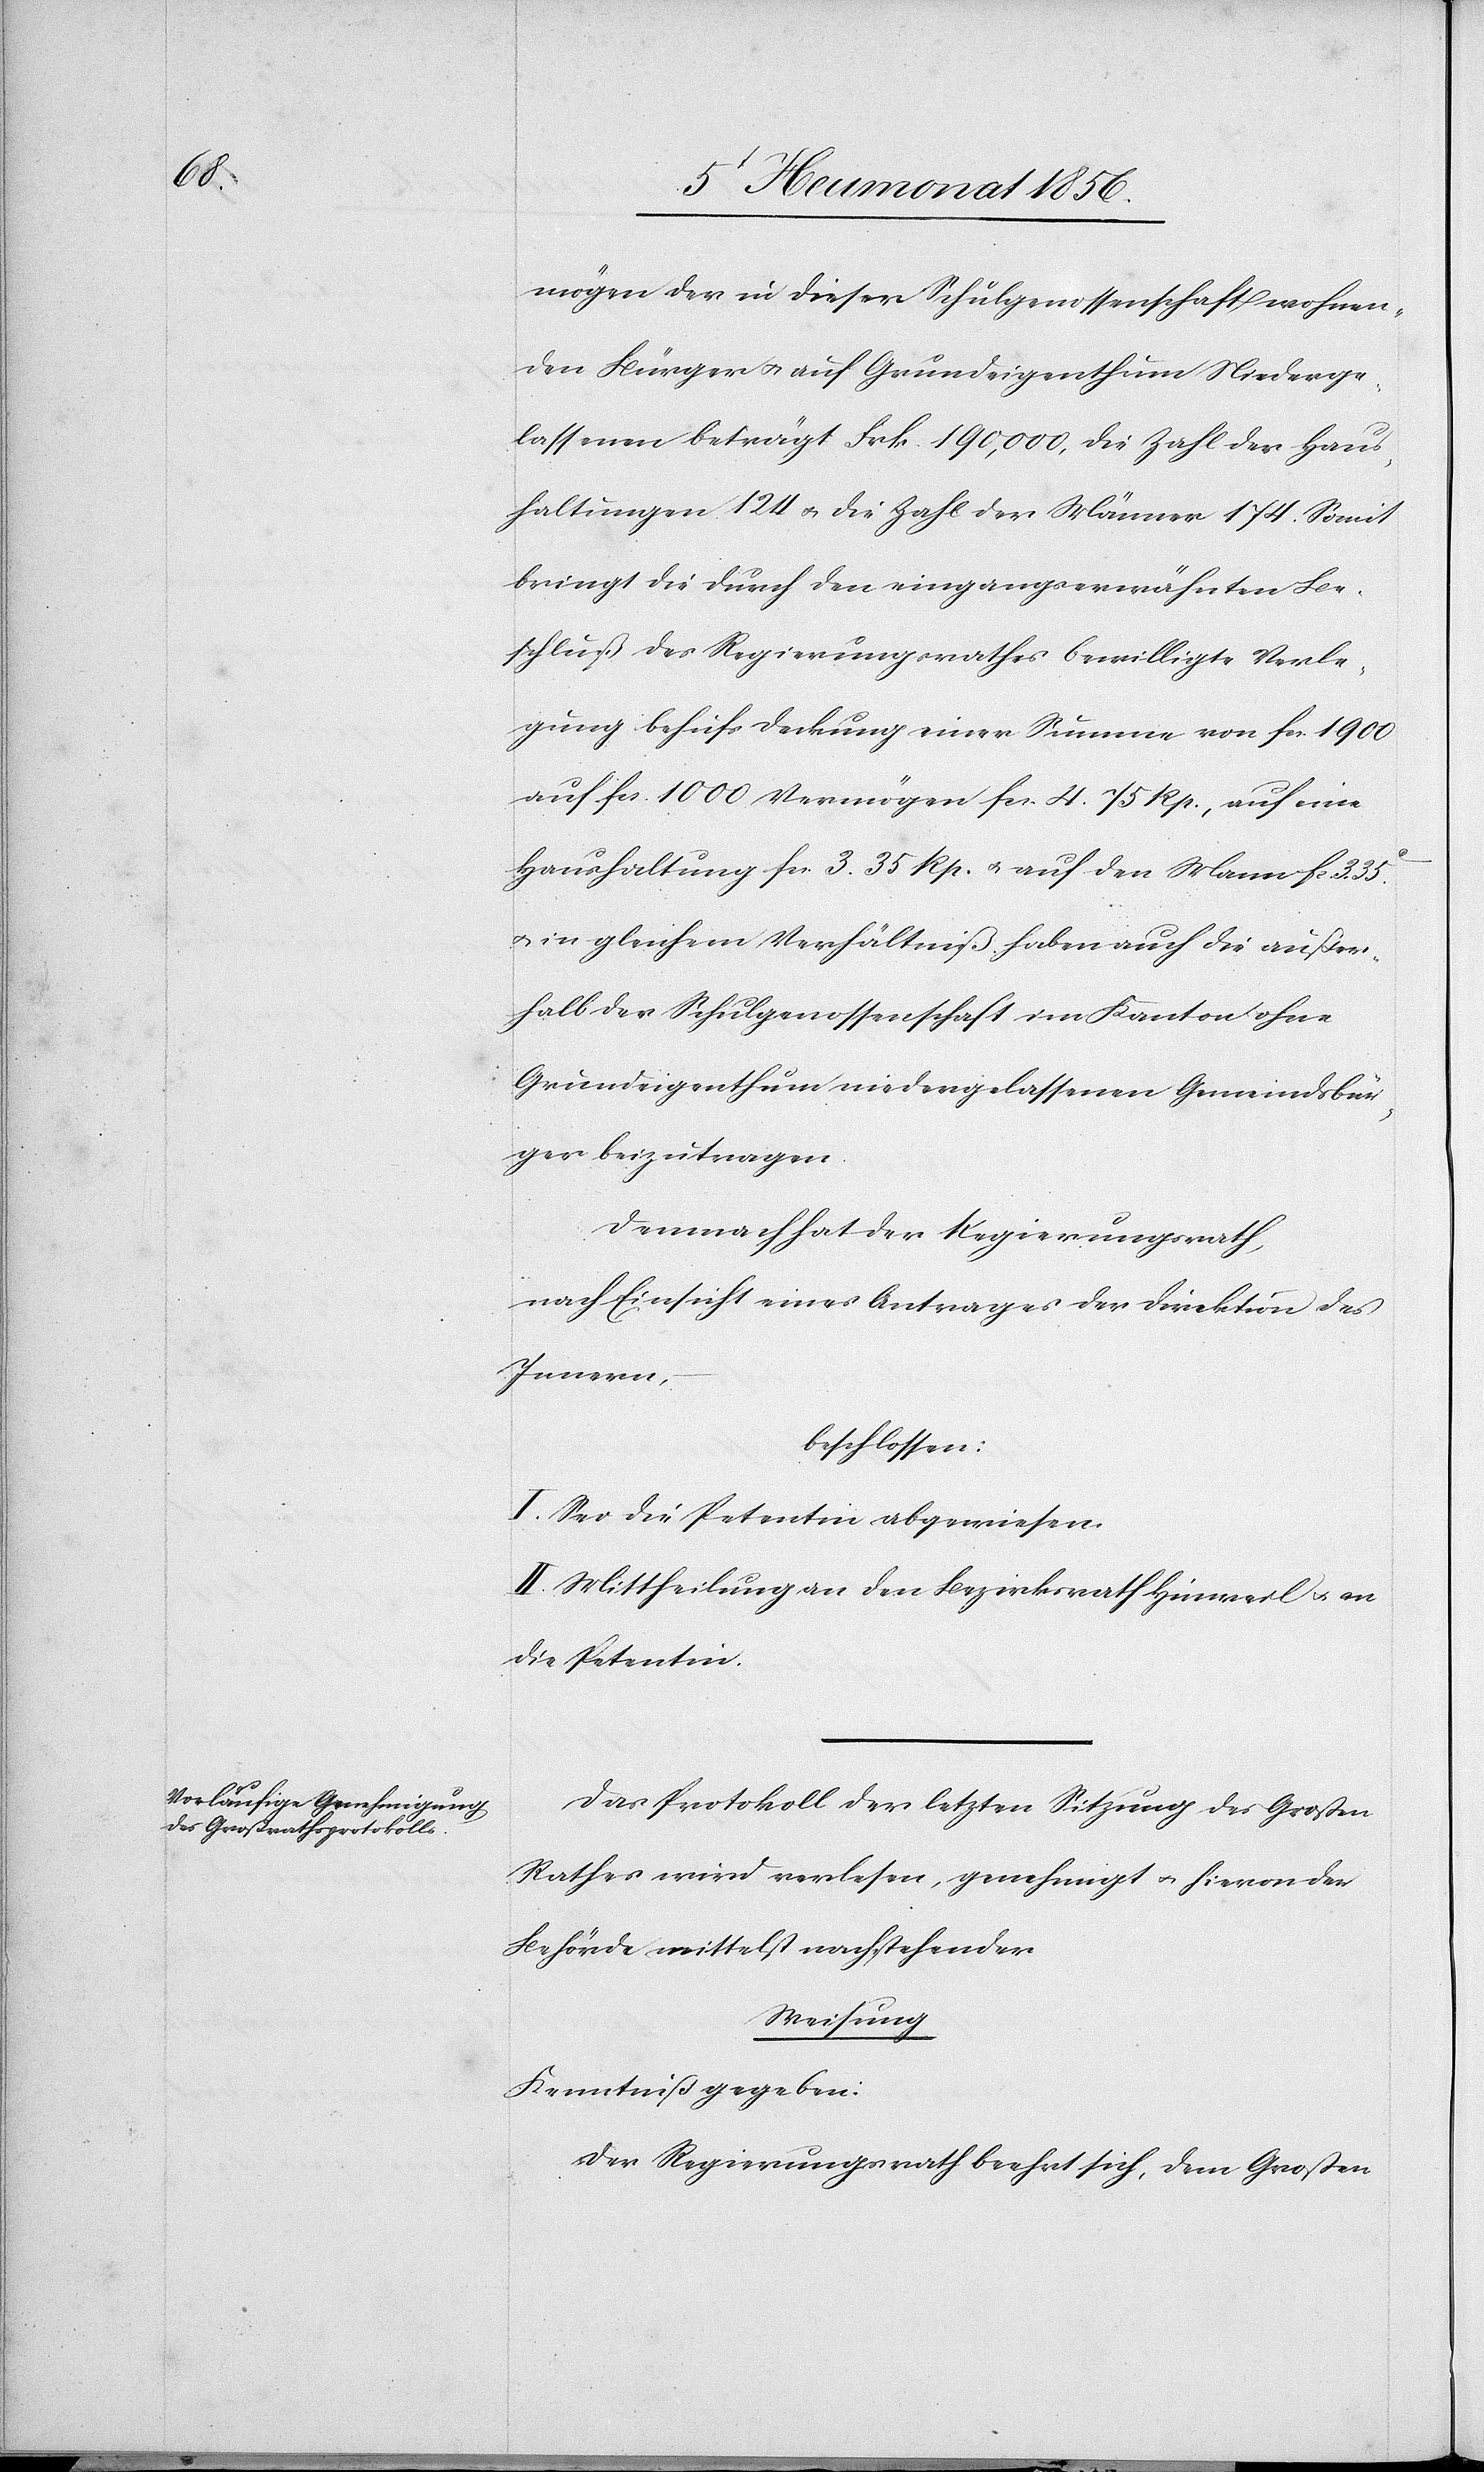
mögen der in dieser Schulgenossenschaft wohnen¬
den Bürger u. auf Grundeigenthum Niederge¬
lassenen beträgt Frk. 190,000, die Zahl der Haus¬
haltungen 124 u. die Zahl der Männer 174. Somit
bringt die durch den eingangserwähnten Be¬
schluß des Regierungsrathes bewilligte Verle¬
gung behufs Deckung einer Summe von fcs. 1900
auf fcs. 1000 Vermögen fcs. 4. 75 Rp., auf eine
Haushaltung fcs. 3. 35 Rp. u. auf den Mann fc. 3. 35.c
u. in gleichem Verhältniß haben auch die außer¬
halb der Schulgenossenschaft im Kanton ohne
Grundeigenthum niedergelassenen Gemeindsbür¬
ger beizutragen.
Demnach hat der Regierungsrath,
nach Einsicht eines Antrages der Direktion des
Innern,
beschlossen:
I. Sei die Petentin abgewiesen.
II. Mittheilung an den Bezirksrath Hinweil u. an
die Petentin.
Das Protokoll der letzten Sitzung des Großen
Rathes wird verlesen, genehmigt u. hievon der
Behörde mittelst nachstehender
Weisung
Kenntniß gegeben:
Der Regierungsrath beehrt sich, dem Großen